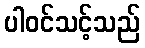
ပါဝင်သင့်သည်